Indian journal of veterinary science and animal husbandry - Volume 7,
Year: 1937
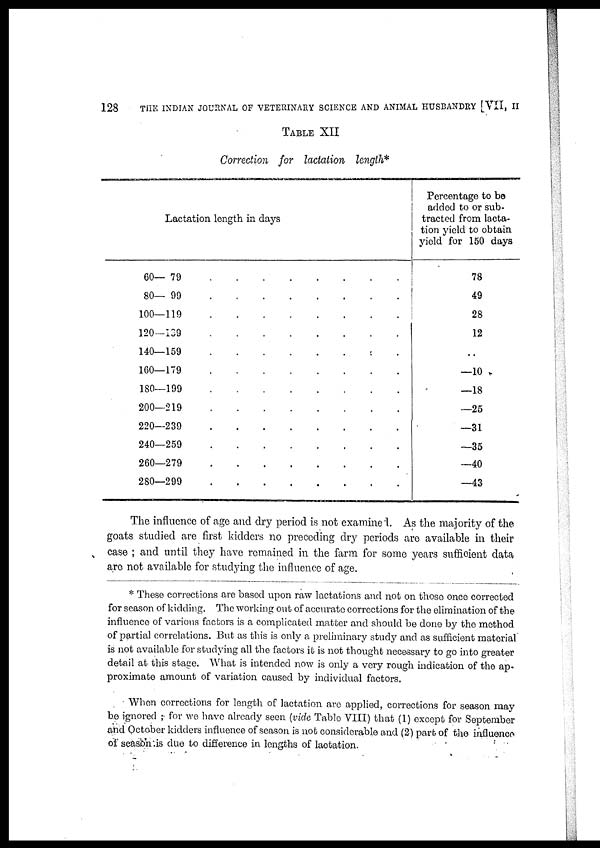
128
THE INDIAN JOURNAL OF VETERINARY SCIENCE AND ANIMAL HUSBANDRY [VII, II
TABLE XII
Correction for lactation length*
Lactation length in days
60—79 . . . . . . . .
80—99 . . . . . . . .
100—119 . . . . . . . .
120—129 . . . . . . . .
140—159 . . . . . . . .
160—179 . . . . . . . .
180—199 . . . . . . . .
200—219 . . . . . . . .
220—239 . . . . . . . .
240—259 . . . . . . . .
260—279 . . . . . . . .
280—299 . . . . . . . .
Percentage to be
added to or sub-
tracted from lacta-
tion yield to obtain
yield for 150 days
78
49
28
12
..
—10
—18
—25
—31
—35
—40
—43
The influence of age and dry period is not examined. As the majority of the
goats studied are first kidders no preceding dry periods are available in their
case ; and until they have remained in the farm for some years sufficient data
are not available for studying the influence of age.
* These corrections are based upon raw lactations and not on those once corrected
for season of kidding. The working out of accurate corrections for the elimination of the
influence of various factors is a complicated matter and should be done by the method
of partial correlations. But as this is only a preliminary study and as sufficient material
is not available for studying all the factors it is not thought necessary to go into greater
detail at this stage. What is intended now is only a very rough indication of the ap¬
proximate amount of variation caused by individual factors.
When corrections for length of lactation are applied, corrections for season may
be ignored ; for we have already seen (vide Table VIII) that (1) except for September
and October kidders influence of season is not considerable and (2) part of the influence
of season is due to difference in lengths of lactation.